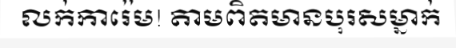
លក់ការ៉េម! តាមពិតមានបុរសម្នាក់